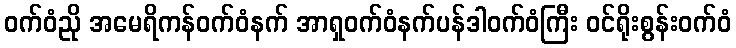
ဝက်ဝံညို အမေရိကန်ဝက်ဝံနက် အာရှဝက်ဝံနက်ပန်ဒါဝက်ဝံကြီး ဝင်ရိုးစွန်းဝက်ဝံ